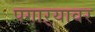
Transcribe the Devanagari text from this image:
पगाऱ्यावर